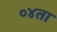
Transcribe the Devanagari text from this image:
०४ता